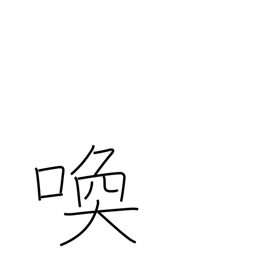
Meaning: scream